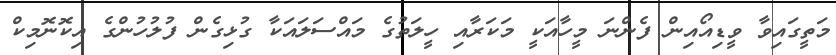
މަތީގައިވާ ވީޑިއޯއިން ފެންނަ މީހާއަކީ މަކަރާއި ހީލަތުގެ މައްސަލައަކާ ގުޅިގެން ފުލުހުންގެ އިކޮނޮމިކް